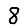
Digit: 8